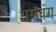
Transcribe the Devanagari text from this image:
असवंग